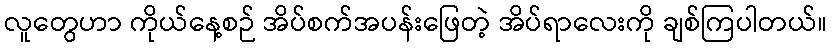
လူတွေဟာ ကိုယ်နေ့စဉ် အိပ်စက်အပန်းဖြေတဲ့ အိပ်ရာလေးကို ချစ်ကြပါတယ်။